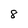
Character: 8